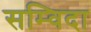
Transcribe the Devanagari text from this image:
सम्विदा